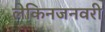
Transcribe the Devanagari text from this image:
लेकिनजनवरी